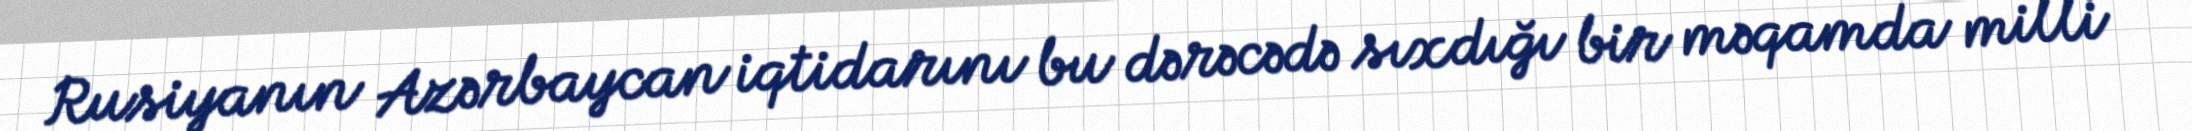
Rusiyanın Azərbaycan iqtidarını bu dərəcədə sıxdığı bir məqamda milli